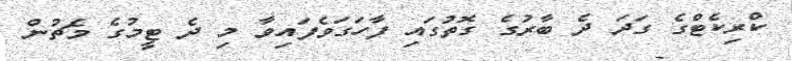
ކްރިކެޓްގެ ގަދަ ދެ ބާރުގެ ގޮތުގައި ފާހަގަވެފައިވާ މި ދެ ޓީމުގެ މެޗުން